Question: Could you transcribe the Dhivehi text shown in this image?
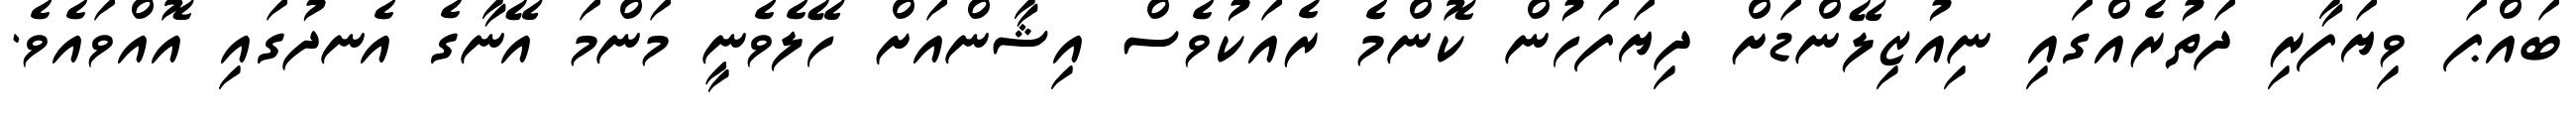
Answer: ބައްޕަ ވިޔަފާރި ދަތުރެއްގައި ނިއުޒިލޭންޑަށް ދިޔަފަހުން ކޮންމެ ރެއަކުވެސް އިޝާންއަށް ހޭލެވެނީ މަންމަ އޭނާގެ އެނދުގައި އޮއްވައެވެ.